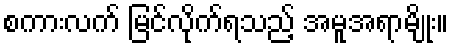
စကားလက် မြင်လိုက်ရသည့် အမူအရာမျိုး။